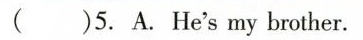
( )5. A.He's my brother.